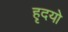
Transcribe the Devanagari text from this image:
हृदयो